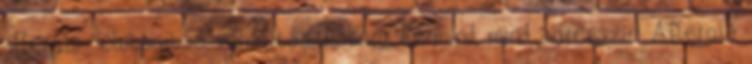
allergia: elutasítás, elhárítás, háború. Ez mind, mind agresszió. Allergia